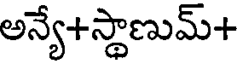
అన్యే+స్థాణుమ్+